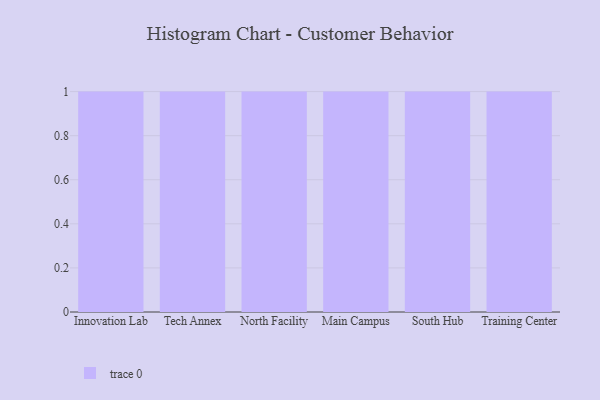
{"axis": {"x": "Campus", "y": "Production Output"}, "legend": [""], "data": [{"x": "Innovation Lab", "y": 68, "type": ""}, {"x": "Tech Annex", "y": 11, "type": ""}, {"x": "North Facility", "y": 64, "type": ""}, {"x": "Main Campus", "y": 95, "type": ""}, {"x": "South Hub", "y": 98, "type": ""}, {"x": "Training Center", "y": 43, "type": ""}]}